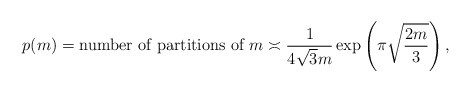
\begin{align*}p(m) = \textrm{number of partitions of } m \asymp \frac{1}{4\sqrt{3}m}\exp\left(\pi \sqrt{\frac{2m}{3}}\right),\end{align*}